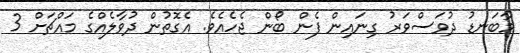
މާބަނޑު ދުވަސްވަރު ގިނައިން ފެން ބޯން ޖެހެއެވެ. އެގޮތުން ދުވާލެއްގެ މައްޗަށް 3